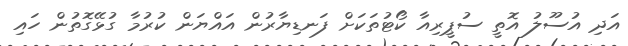
އަދި އުސޫލު އޮތީ ސުޕީރިއާ ކޯޓުތަކަށް ފަނޑިޔާރުން އައްޔަން ކުރުމާ ގުޅޭގޮތުން ހައި